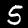
Digit: 5